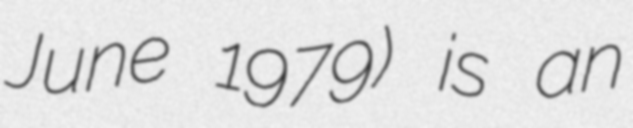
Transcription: June 1979) is an